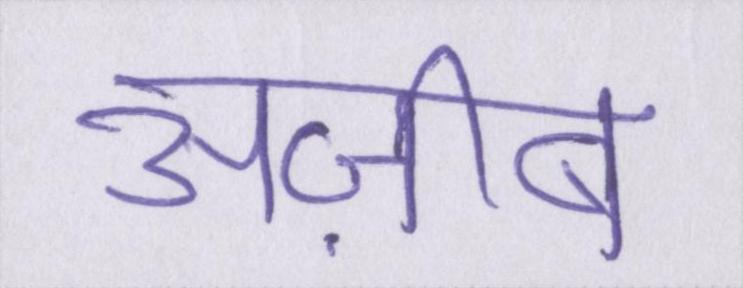
अज़ीब